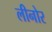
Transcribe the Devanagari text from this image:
लीनोर